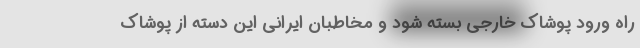
راه ورود پوشاک خارجی بسته شود و مخاطبان ایرانی این دسته از پوشاک